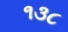
૧૩૮